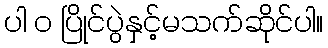
ပါ ၀ ပြိုင်ပွဲနှင့်မသက်ဆိုင်ပါ။